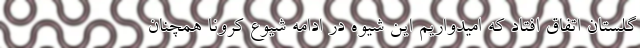
گلستان اتفاق افتاد که امیدواریم این شیوه در ادامه شیوع کرونا همچنان